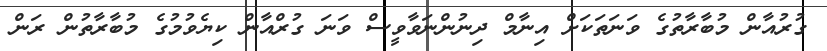
ގުރުއާން މުބާރާތުގެ ވަނަތަކަށް އިނާމް ދިނުންނަވާވީސް ވަނަ ގުރްއާން ކިޔެވުމުގެ މުބާރާތުން ރަން